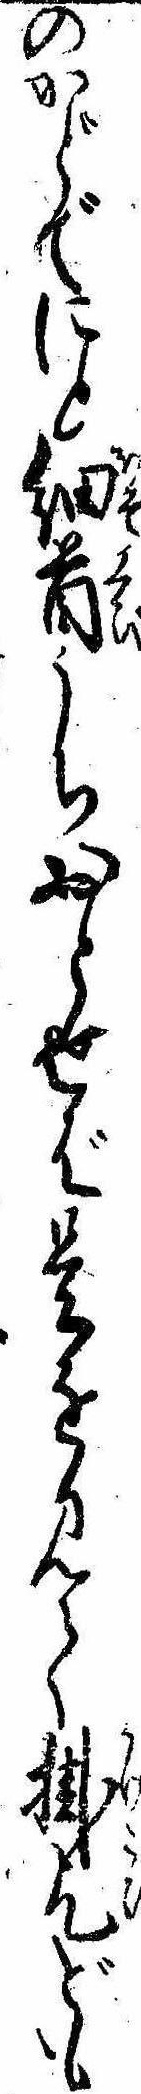
のかどでにと細首うちおとせば是を見て掛乞ども